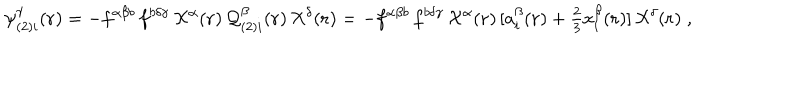
\psi _ { ( 2 ) i } ^ { \gamma } ( { \bf { r } } ) = - f ^ { \alpha \beta b } \, f ^ { b \delta \gamma } \, { \cal { X } } ^ { \alpha } ( { \bf { r } } ) \, { \cal { Q } } _ { ( 2 ) i } ^ { \beta } ( { \bf { r } } ) \, { \cal { X } } ^ { \delta } ( { \bf { r } } ) = - f ^ { \alpha \beta b } \, f ^ { b \delta \gamma } \, { \cal { X } } ^ { \alpha } ( { \bf { r } } ) \, [ a _ { i } ^ { \beta } ( { \bf { r } } ) + { \textstyle \frac { 2 } { 3 } } x _ { i } ^ { \beta } ( { \bf { r } } ) ] \, { \cal { X } } ^ { \delta } ( { \bf { r } } ) \; ,